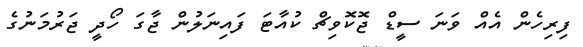
ފިރިހެން އެއް ވަނަ ސީޑް ޖޮކޮވިޗް ކުއާޓަ ފައިނަލުން ޖާގަ ހޯދީ ޖަރުމަނުގެ